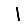
Digit: 1